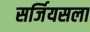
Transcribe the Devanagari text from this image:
सर्जियसला